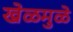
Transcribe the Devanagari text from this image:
खेळमुळे